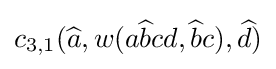
c_{3,1}({\widehat {a}},w(a{\widehat {b}}cd,{\widehat {b}}c),{\widehat {d}})